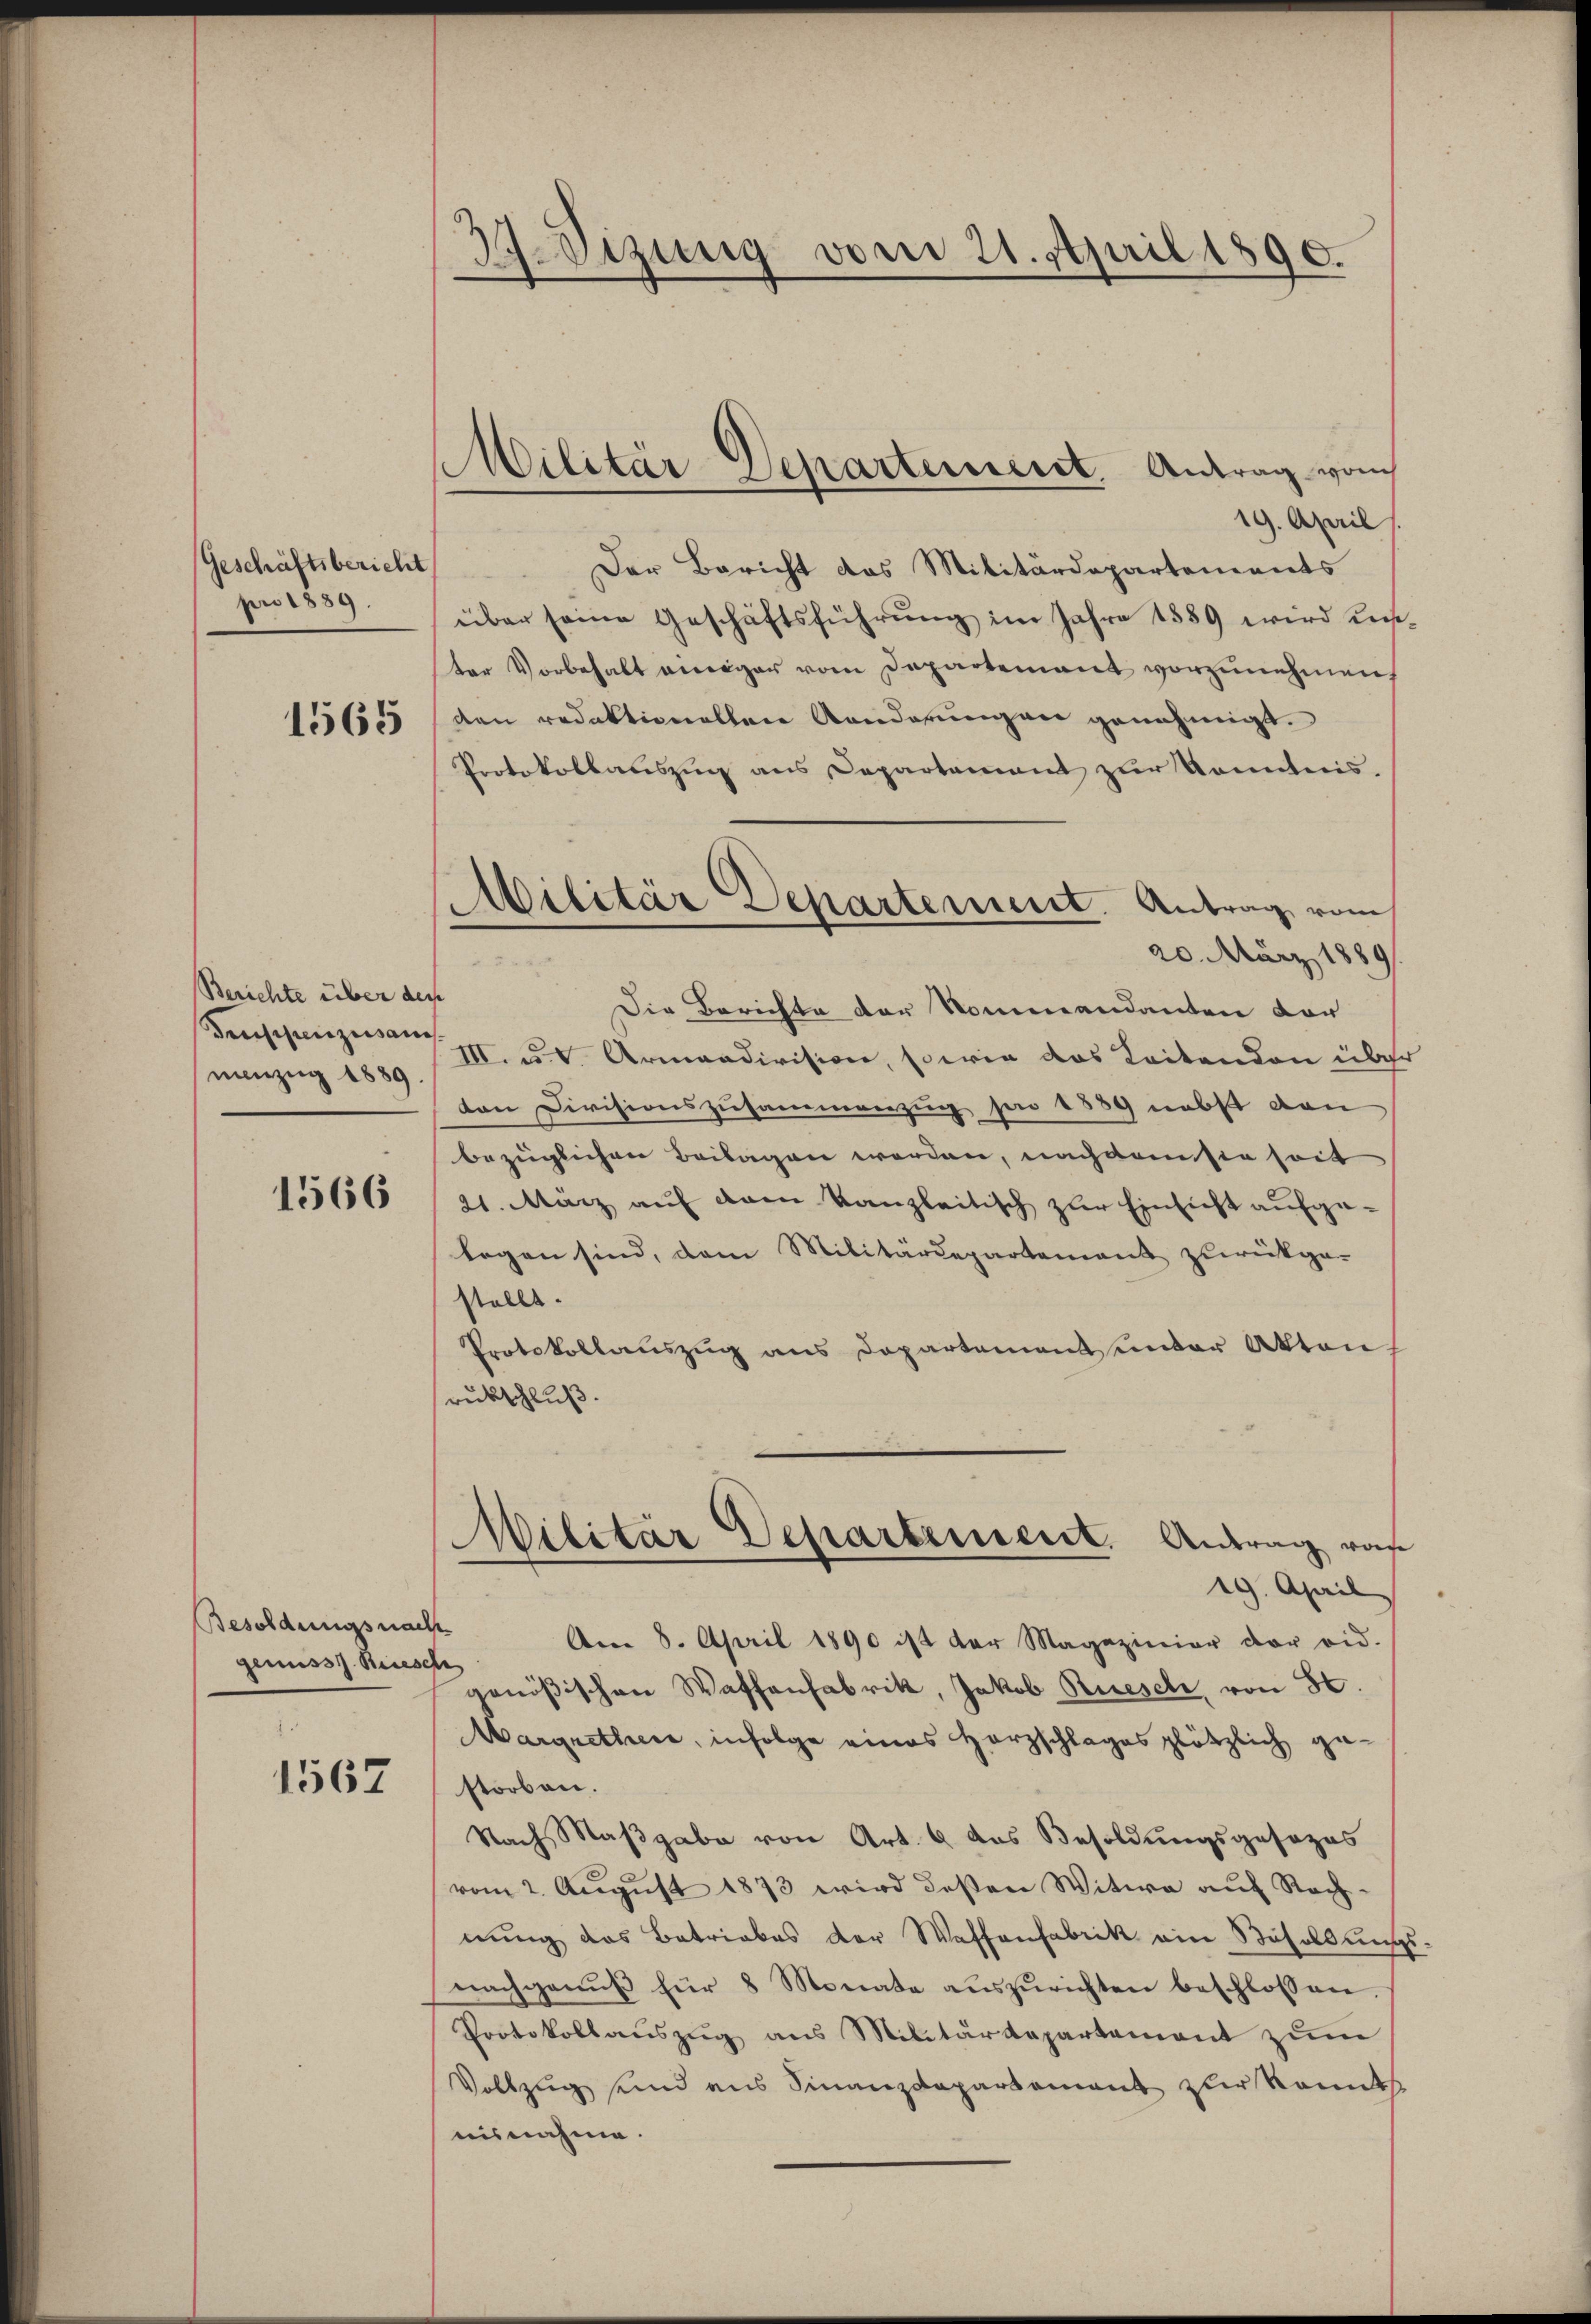
Geschäftsbericht
pro 1889.

1565

Berichte über der
Preistanzessanc
nanzug 1889.

1566

Besoldungsnach
genuss. Riesch

1567

Beizung vom 21. April 1890.

Militär-Departement. Antrag von

Militär Departement. Antrag vom
20. März 1889

19. April
Der Bericht das Militärdepartements
über seine Geschäftsführung im Jahre 1889 wird dies
ter Vorbehalt einiger vom Departement vorzunehmen,
den redaktionellen Randerungen genehmigt.
Protokollauszug aus Departement zur Kenntnis.
e
Die Berichte der Kommandanten vor
III. u. s. Armandivision, sowie das Koitenden über
von Divisionszusammenzug per 1839 nebst den
bezüglichen Beilagen werden, nachdem sie seit
21. März auf dem Kanzleitisch zur Einsicht aufge-
legen sind, dem Militärdepartement zurückge-
stellt.
Protokollauszug aus Departement unter Akten
rukschluß.
Militar Departement. Antrag war
19. April
e
Am 8. April 1890 ist der Magazinier der eid.
e
genößischen Waffenfabrik, Jakob Rüeschi, von 80.
Margrethen, infolge eines Herzschlages plötzlich gestorben.
Nach Maβgabe von Art. 6 das Besoldŭngsgesezes
vom 2. August 1873 wird deßen Witwe auf Rechnung des Betriebes der Waffenfabrik ein Besoldung
nachgenŭβ für 8 Monate aŭszŭrichten beschlossen.
Protokollauszug aus Militärdepartement zum
Vollzug und ans Finanzdepartement zur kannts
nisnahme.

s